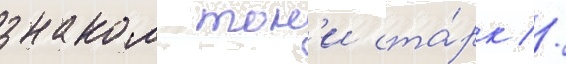
знаком тон'и ста́рк //